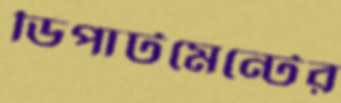
ডিপার্টমেন্টের